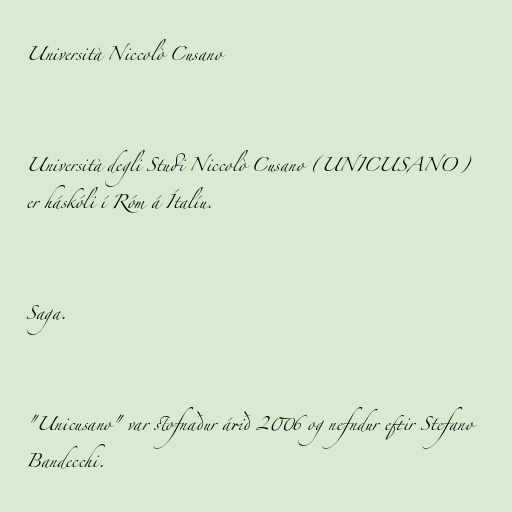
Università Niccolò Cusano

Università degli Studi Niccolò Cusano (UNICUSANO)
er háskóli í Róm á Ítalíu.

Saga.

"Unicusano" var stofnaður árið 2006 og nefndur eftir Stefano
Bandecchi.